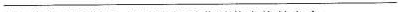
____________________________